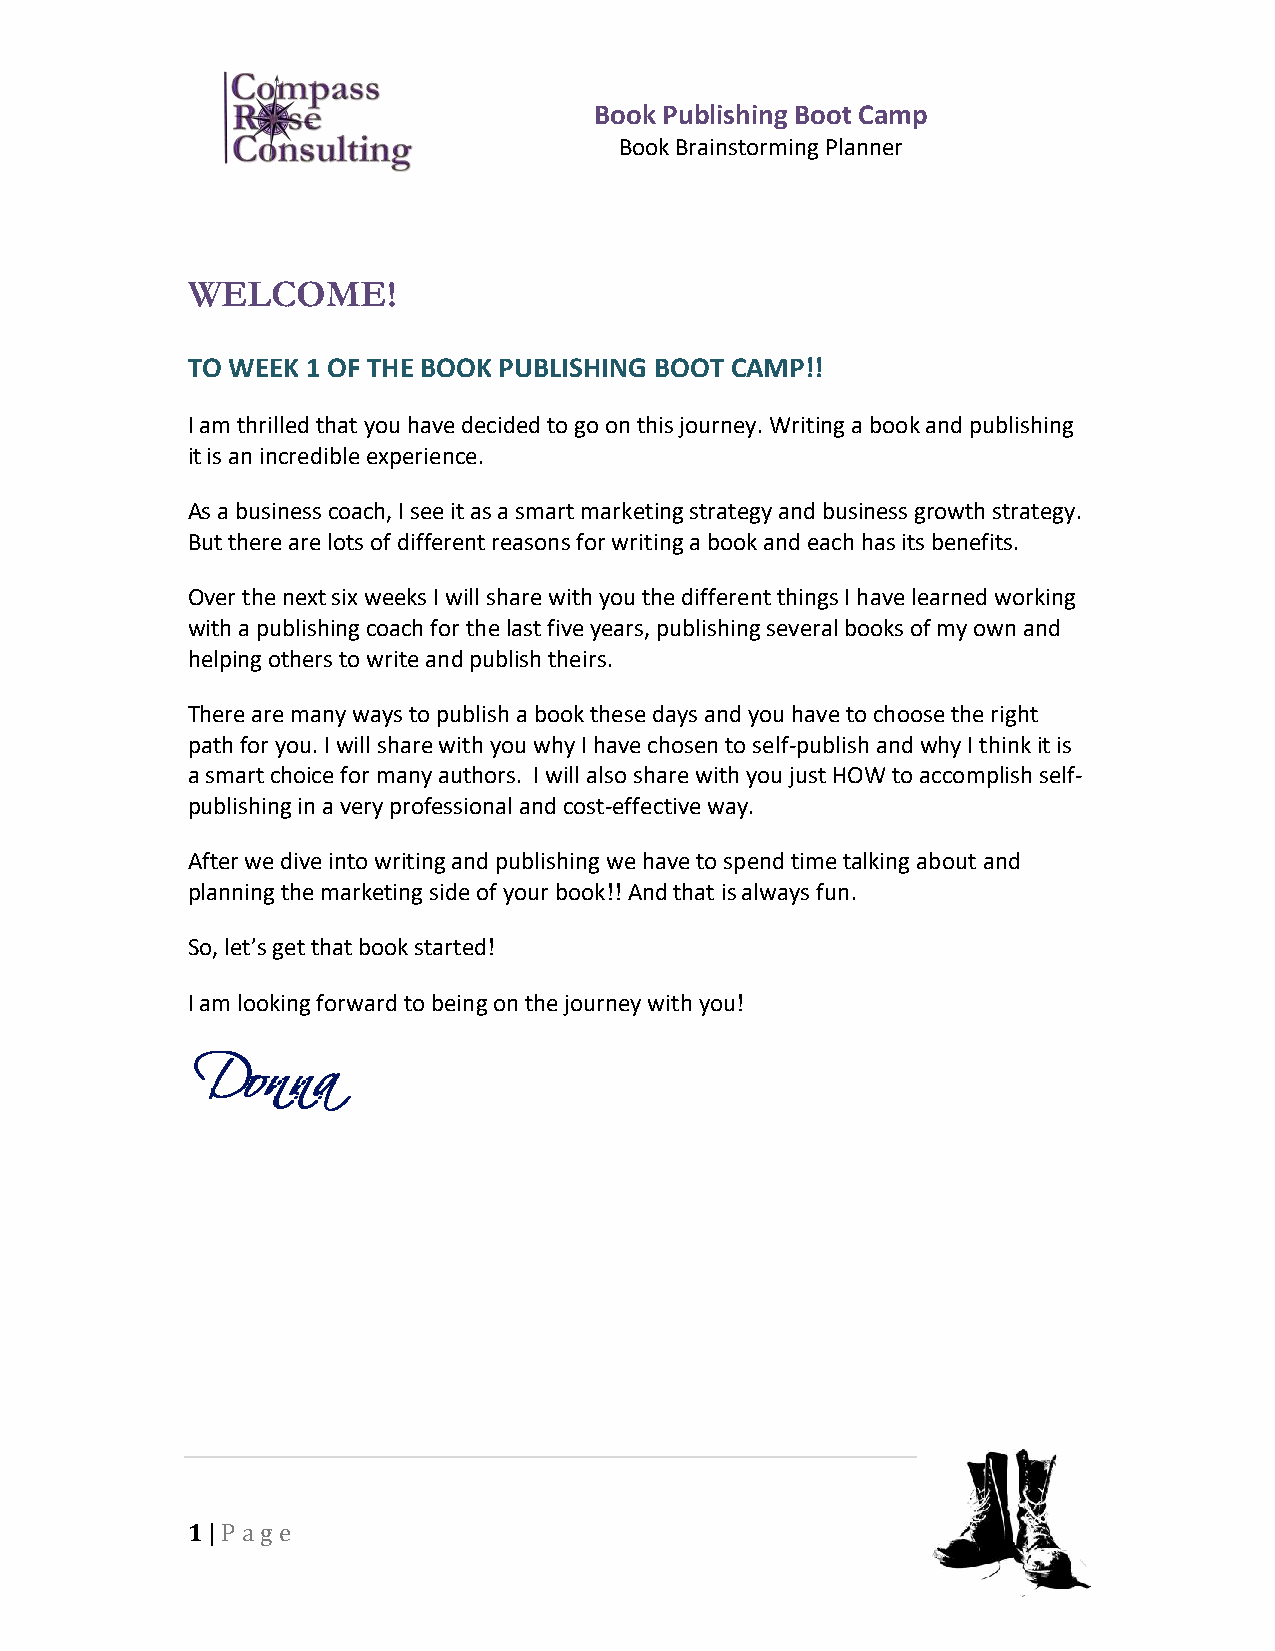
Book Publishing Boot Camp
 Book Brainstorming Planner
 WELCOME!
 TO WEEK 1 OF THE BOOK PUBLISHING BOOT CAMP!!
 I am thrilled that you have decided to go on this journey. Writing a book and publishing
 it is an incredible experience.
 As a business coach, I see it as a smart marketing strategy and business growth strategy.
 But there are lots of different reasons for writing a book and each has its benefits.
 Over the next six weeks I will share with you the different things I have learned working
 with a publishing coach for the last five years, publishing several books of my own and
 helping others to write and publish theirs.
 There are many ways to publish a book these days and you have to choose the right
 path for you. I will share with you why I have chosen to self-publish and why I think it is
 a smart choice for many authors. I will also share with you just HOW to accomplish self-
 publishing in a very professional and cost-effective way.
 After we dive into writing and publishing we have to spend time talking about and
 planning the marketing side of your book!! And that is always fun.
 So, let’s get that book started!
 I am looking forward to being on the journey with you!
 1 | P a ge